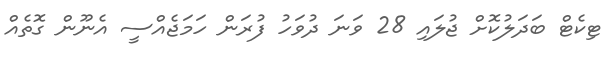
ޓިކެޓް ބަދަލުކޮށް ޖުލައި 28 ވަަނަ ދުވަހު ފުރަން ހަމަޖެއްސީ އެނޫން ގޮތެއް